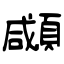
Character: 顑